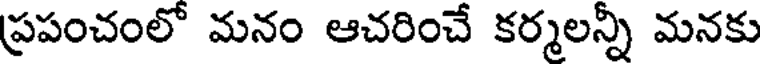
ప్రపంచంలో మనం ఆచరించే కర్మలన్నీ మనకు